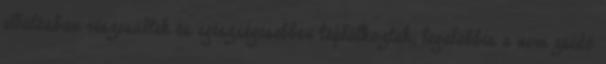
ellátásban részesültek és egészségesebben táplálkoztak, legalábbis a nem zsidó